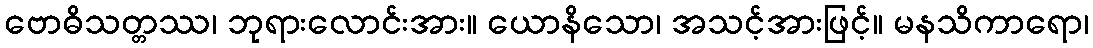
ဗောဓိသတ္တဿ၊ ဘုရားလောင်းအား။ ယောနိသော၊ အသင့်အားဖြင့်။ မနသိကာရော၊